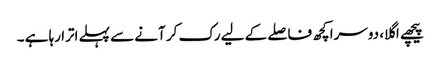
پیچھے اگلا، دوسرا کچھ فاصلے کے لیے رک کر آنے سے پہلے اترا رہا ہے ۔